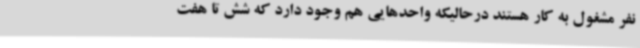
نفر مشغول به کار هستند درحالیکه واحدهایی هم وجود دارد که شش تا هفت